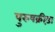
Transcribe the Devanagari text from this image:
पुरुषक्रीड़ा